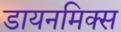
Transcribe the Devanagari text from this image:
डायनमिक्स